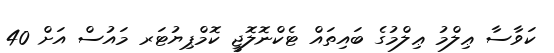
ކަވާސާ ޢިލްމު ޢިލްމުގެ ބައިތައް ޓެކްނޮލޮޖީ ކޮމްޕިޔުޓަރ މައުސް އަށް 40